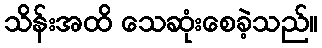
သိန်းအထိ သေဆုံးစေခဲ့သည်။